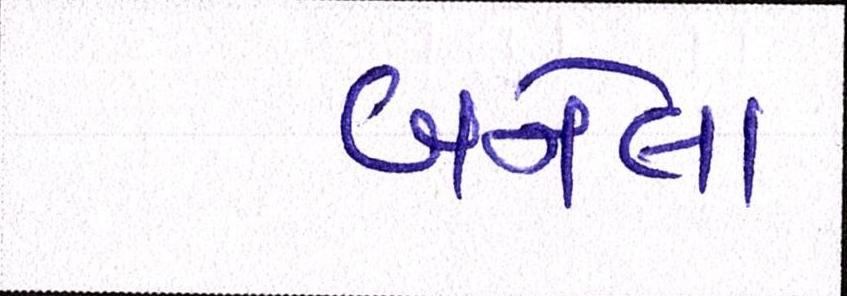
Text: બનેલાં